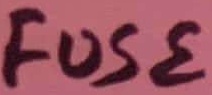
Text: FUSE